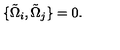
\{ \tilde { \Omega } _ { i } , \tilde { \Omega } _ { j } \} = 0 .